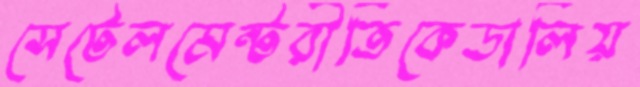
সেটেলমেন্টরীতিকেডালিয়